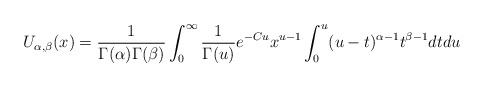
\begin{align*}U_{\alpha,\beta}(x)=\frac{1}{\Gamma(\alpha)\Gamma(\beta)}\int_{0}^{\infty}\frac{1}{\Gamma(u)}e^{-Cu}x^{u-1}\int_{0}^{u}(u-t)^{\alpha-1}t^{\beta-1}dtdu\end{align*}